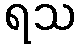
ရသ